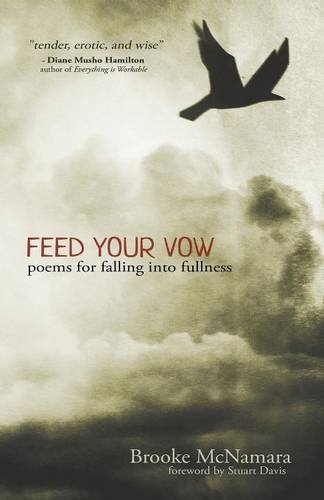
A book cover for Feed Your Vow, Poems for Falling into Fullness; Brooke McNamara; Literature & Fiction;